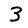
Digit: 3